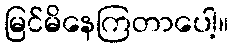
မြင်မိနေကြတာပေါ့။